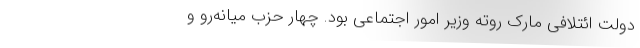
دولت ائتلافی مارک روته وزیر امور اجتماعی بود. چهار حزب میانه‌رو و